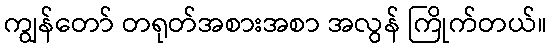
ကျွန်တော် တရုတ်အစားအစာ အလွန် ကြိုက်တယ်။